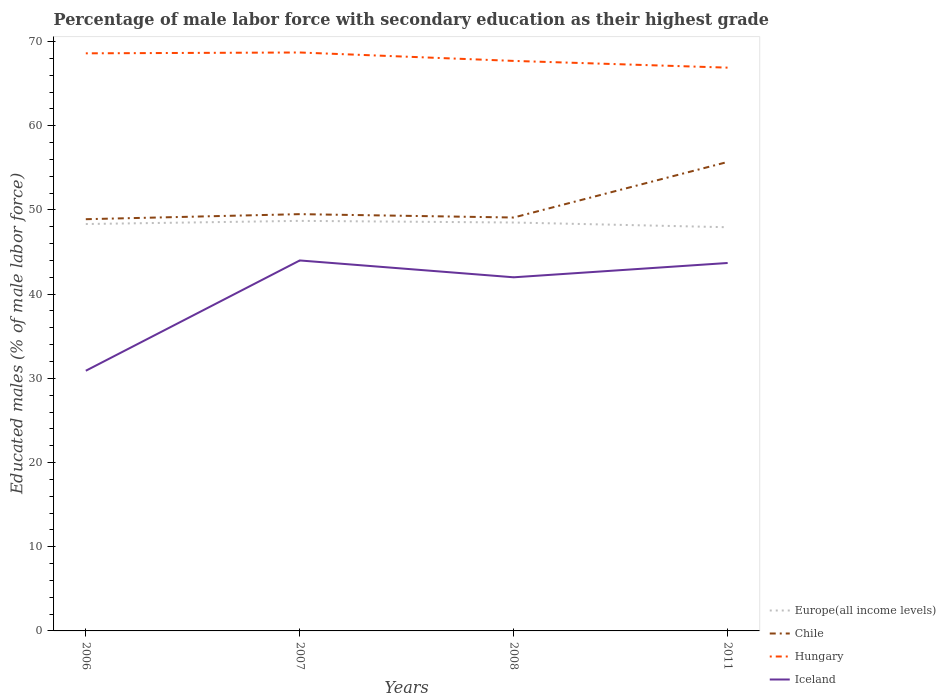
| Years | Europe(all income levels) | Chile | Hungary | Iceland |
 | --- | --- | --- | --- | --- |
 | 2006 | 48.3 | 48.9 | 68.6 | 30.9 |
 | 2007 | 48.7 | 49.5 | 68.7 | 44 |
 | 2008 | 48.5 | 49.1 | 67.7 | 42 |
 | 2011 | 47.9 | 55.7 | 66.9 | 43.7 |